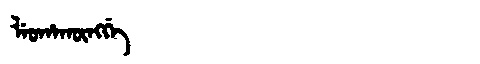
Manchu: ᠯᡝᠣᡥᠠᡴᡡᠩᡤᡝ
Romanization: LEOHAKŪNGGE